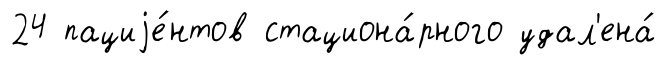
24 пациjе́нтов стациона́рного удал'ена́